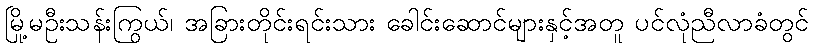
မြို့မဦးသန်းကြွယ်၊ အခြားတိုင်းရင်းသား ခေါင်းဆောင်များနှင့်အတူ ပင်လုံညီလာခံတွင်